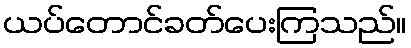
ယပ်တောင်ခတ်ပေးကြသည်။